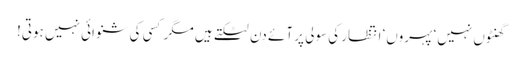
گھنٹوں نہیں‘ پہروں‘ انتظار کی سولی پر آئے دن لٹکتے ہیں مگر کسی کی شنوائی نہیں ہوتی!